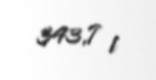
343,7 l